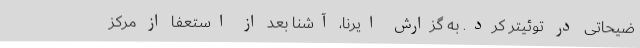
ضیحاتی در توئیتر کرد. به گزارش ایرنا، آشنا بعد از استعفا از مرکز